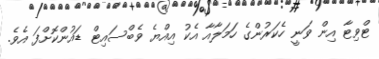
ޓްވިޓާ އިން ވަނީ ހެކަރުންގެ ހަމަލާއާ އެކު އިއްޔެ ވެބްސައިޓް ޑައުންކޮށްފަ އެވެ.